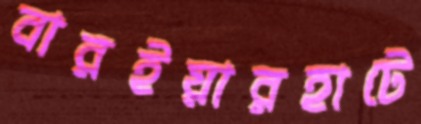
বারইয়ারহাটে